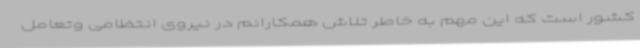
کشور است که این مهم به خاطر تلاش همکارانم در نیروی انتظامی وتعامل